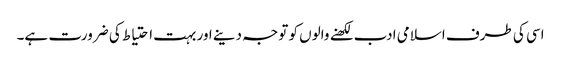
اسی کی طرف اسلامی ادب لکھنے والوں کو توجہ دینے اور بہت احتیاط کی ضرورت ہے۔